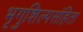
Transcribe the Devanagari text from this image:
भृगुशिल्पसंहिता